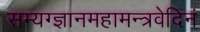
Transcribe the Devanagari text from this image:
सम्यग्ज्ञानमहामन्त्रवेदिनं